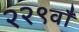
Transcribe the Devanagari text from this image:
२२९वाँ